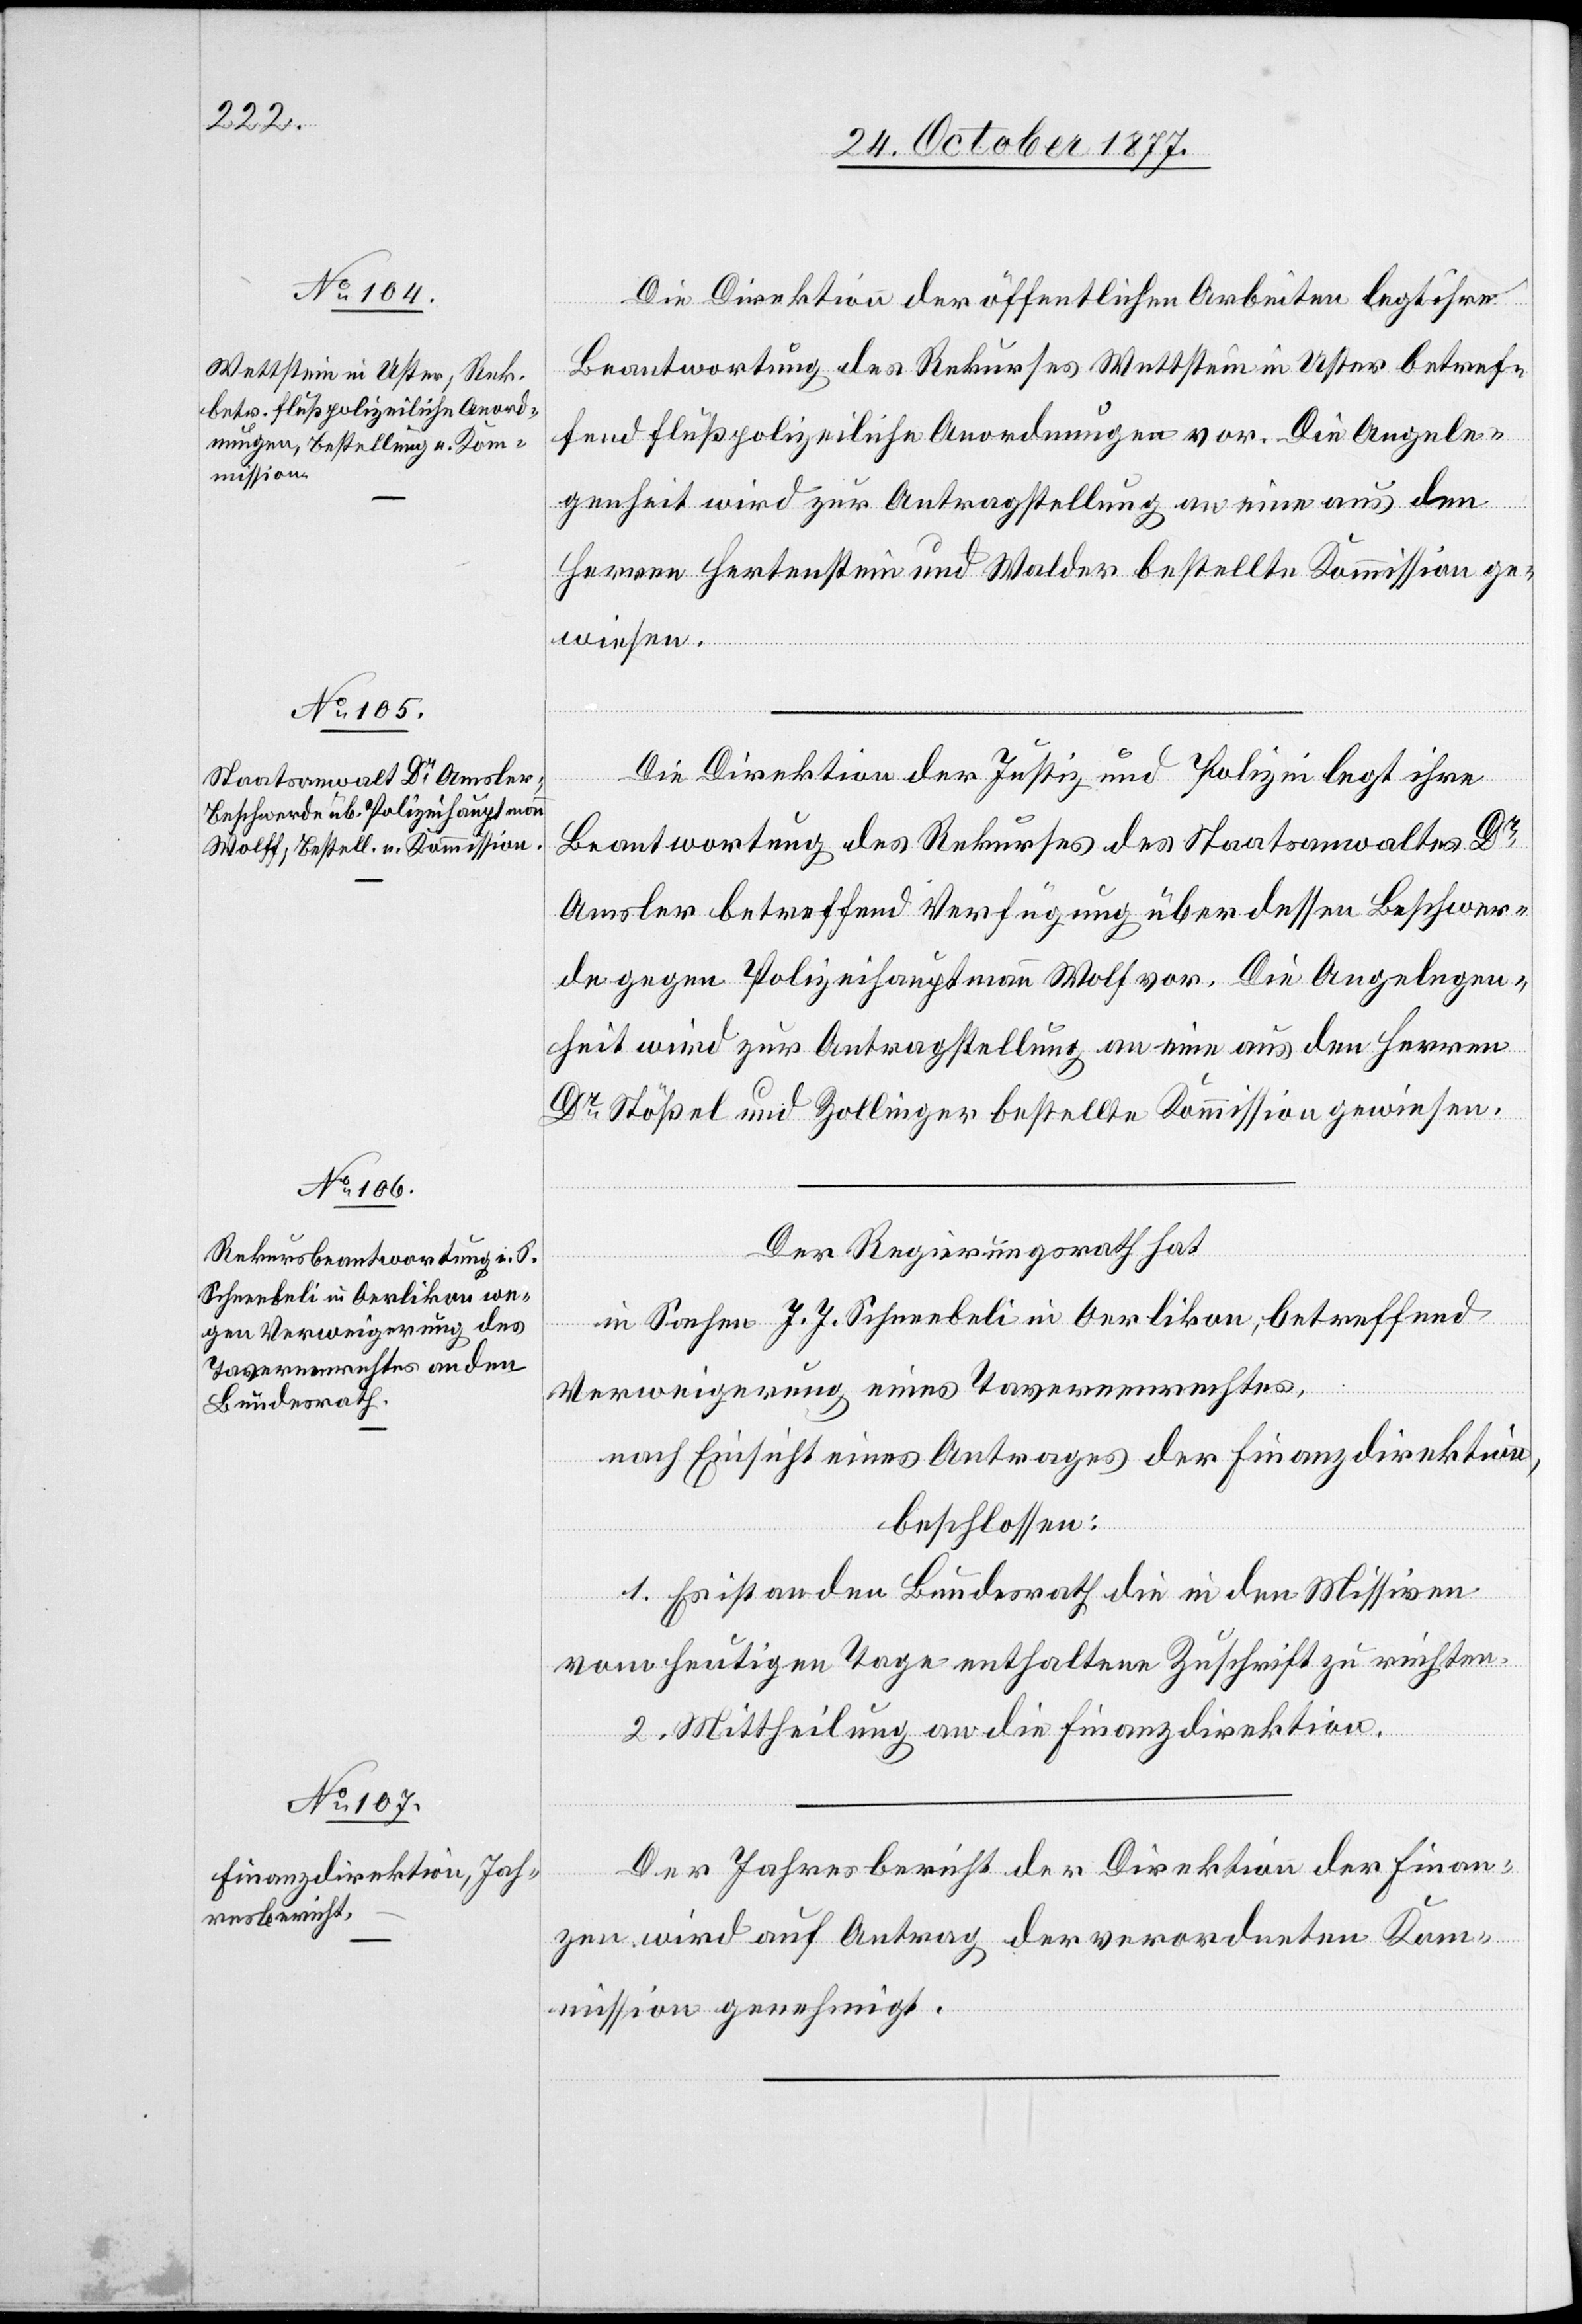
Die Direktion der öffentlichen Arbeiten legt ihre
Beantwortung des Rekurses Wettstein in Uster betref¬
fend flußpolizeiliche Anordnungen vor. Die Angele¬
genheit wird zur Antragstellung an eine aus den
Herren Hertenstein und Walder bestellte Kommission ge¬
wiesen.
Die Direktion der Justiz und Polizei legt ihre
Beantwortung des Rekurses des Staatsanwaltes Dr
Amsler betreffend Verfügung über dessen Beschwer¬
de gegen Polizeihauptmann Wolf [sic!] vor. Die Angelegen¬
heit wird zur Antragstellung an eine aus den Herren
Dr Stößel und Zollinger bestellte Kommission gewiesen.
Der Regierungsrath hat
in Sachen J. J. Schneebeli in Oerlikon, betreffend
Verweigerung eines Tavernenrechtes,
nach Einsicht eines Antrages der Finanzdirektion,
beschlossen:
1. Es ist an den Bundesrath die in den Missiven
vom heutigen Tage enthaltene Zuschrift zu richten.
2. Mittheilung an die Finanzdirektion.
Der Jahresbericht der Direktion der Finan¬
zen wird auf Antrag der verordneten Kom¬
mission genehmigt.